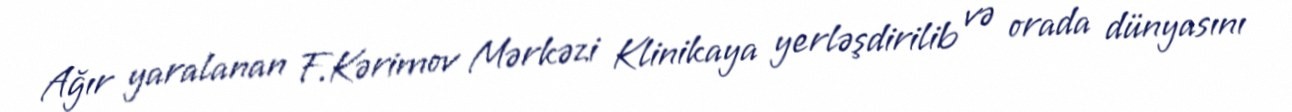
Ağır yaralanan F.Kərimov Mərkəzi Klinikaya yerləşdirilib və orada dünyasını